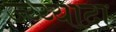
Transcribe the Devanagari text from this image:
ज्य्य्यादा